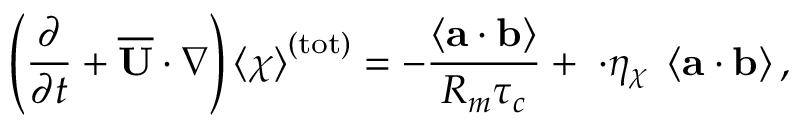
\left( \frac { \partial } { \partial t } + \boldsymbol { \overline { { \mathbf { U } } } \cdot \nabla } \right) \left\langle \chi \right\rangle ^ { ( \mathrm { t o t } ) } = - \frac { \left\langle \mathbf { a } \cdot \mathbf { b } \right\rangle } { R _ { m } \tau _ { c } } + \mathbf { \nabla \cdot } \eta _ { \chi } \mathbf { \nabla } \left\langle \mathbf { a } \cdot \mathbf { b } \right\rangle ,